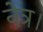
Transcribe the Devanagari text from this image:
नेत्र।